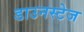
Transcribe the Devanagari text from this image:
डाउनस्टेज